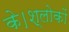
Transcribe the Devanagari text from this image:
के।श्लोकों